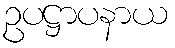
ဥပဋ္ဌာပနာယ